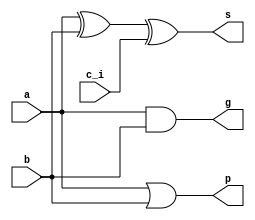
/* Partial Adder, recebe dois nmeros de 1 bit, A e B, e um carry in CIN.
Suas sadas so:
S - Soma (A ^ B ^ CIN)
P - Propagate, verifica se A e B propagam um carry. 1 caso propaga, 0 caso contrrio. (A | N) 
G - Generate, verifica se A e B geram um carry. 1 caso gere, 0 caso contrrio (A & B) */
module partial_full_adder1b (
    input a, b, c_i,
    output s, p, g
);
wire w1;

    xor U1 (w1, a, b);
    xor U2 (s, w1, c_i);
    or U3 (p, a, b);
    and U4 (g, a, b);

endmodule